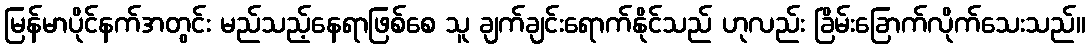
မြန်မာပိုင်နက်အတွင်း မည်သည့်နေရာဖြစ်စေ သူ ချက်ချင်းရောက်နိုင်သည် ဟုလည်း ခြိမ်းခြောက်လိုက်သေးသည်။